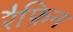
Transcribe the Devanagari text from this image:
रैफ़िन